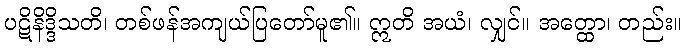
ပဋိနိဒ္ဒိသတိ၊ တစ်ဖန်အကျယ်ပြတော်မူ၏။ ဣတိ အယံ၊ လျှင်။ အတ္ထော၊ တည်း။